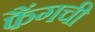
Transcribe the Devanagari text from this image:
फैंगची